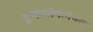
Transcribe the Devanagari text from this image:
ट्रन्सेसोफेगेयल